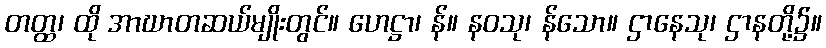
တတ္ထ၊ ထို အာဃာတဆယ်မျိုးတွင်။ ဟေဋ္ဌာ၊ န်။ နဝသု၊ န်သော။ ဌာနေသု၊ ဌာနတို့၌။